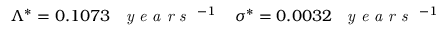
\Lambda ^ { * } = 0 . 1 0 7 3 \; \textrm { \textit { y e a r s } } ^ { - 1 } \; \; \; \; \sigma ^ { * } = 0 . 0 0 3 2 \; \textrm { \textit { y e a r s } } ^ { - 1 }